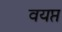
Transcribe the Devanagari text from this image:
वयप्त